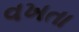
વખતા